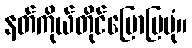
နတ်ကိုယ်တိုင်ပြောပြပုံ။